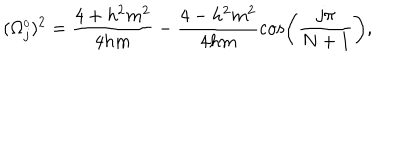
( \Omega _ { j } ^ { \scriptscriptstyle 0 } ) ^ { 2 } = \frac { 4 + h ^ { 2 } m ^ { 2 } } { 4 h m } - \frac { 4 - h ^ { 2 } m ^ { 2 } } { 4 h m } \cos \left( \frac { j \pi } { N + 1 } \right) ,